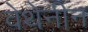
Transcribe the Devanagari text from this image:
वेथेनीन